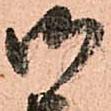
御